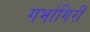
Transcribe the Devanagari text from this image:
गर्भागिरी